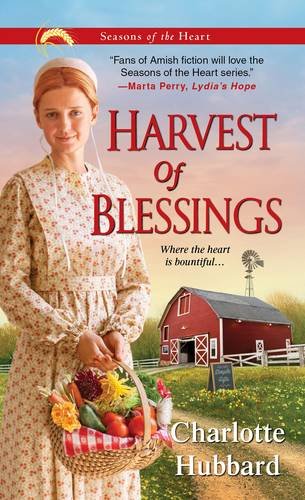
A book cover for Harvest of Blessings (Seasons of the Heart); Charlotte Hubbard; Christian Books & Bibles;